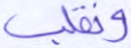
ونقلب